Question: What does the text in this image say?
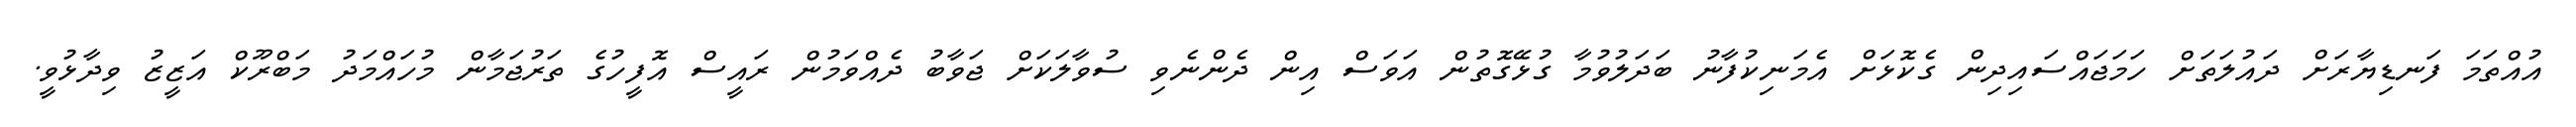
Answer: އުއްތަމަ ފަނޑިޔާރަށް ދައުލަތަށް ހަމަޖައްސައިދިން ގެކޮޅަށް އެމަނިކުފާނު ބަދަލުވުމާ ގުޅޭގޮތުން އަވަސް އިން ދެންނެވި ސުވާލަކަށް ޖަވާބު ދެއްވަމުން ރައީސް އޮފީހުގެ ތަރުޖަމާން މުހައްމަދު މަބްރޫކް އަޒީޒު ވިދާޅުވީ.